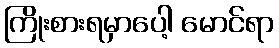
ကြိုးစားရမှာပေါ့ မောင်ရာ